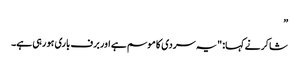
”
شاکر نے کہا: "یہ سردی کا موسم ہے اور برف باری ہو رہی ہے۔